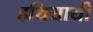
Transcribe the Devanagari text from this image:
हथियायी